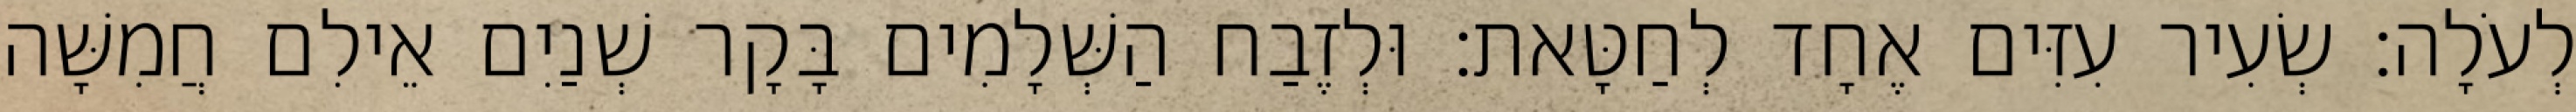
לְעֹלָה׃ שְׂעִיר עִזִּים אֶחָד לְחַטָּאת׃ וּלְזֶבַח הַשְּׁלָמִים בָּקָר שְׁנַיִם אֵילִם חֲמִשָּׁה